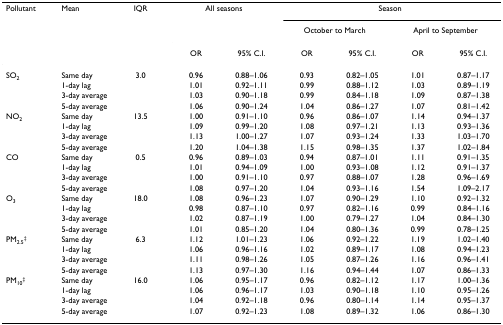
<table><thead><tr><td><b>Pollutant</b></td><td><b>Mean</b></td><td><b>IQR</b></td><td colspan="2"><b>All seasons</b></td><td colspan="4"><b>Season</b></td></tr><tr><td></td><td></td><td></td><td></td><td></td><td colspan="2"><b>October to March</b></td><td colspan="2"><b>April to September</b></td></tr><tr><td></td><td></td><td></td><td><b>OR</b></td><td><b>95% C.I.</b></td><td><b>OR</b></td><td><b>95% C.I.</b></td><td><b>OR</b></td><td><b>95% C.I.</b></td></tr></thead><tbody><tr><td>SO<sub>2</sub></td><td>Same day</td><td>3.0</td><td>0.96</td><td>0.88–1.06</td><td>0.93</td><td>0.82–1.05</td><td>1.01</td><td>0.87–1.17</td></tr><tr><td></td><td>1-day lag</td><td></td><td>1.01</td><td>0.92–1.11</td><td>0.99</td><td>0.88–1.12</td><td>1.03</td><td>0.89–1.19</td></tr><tr><td></td><td>3-day average</td><td></td><td>1.03</td><td>0.90–1.18</td><td>0.99</td><td>0.84–1.18</td><td>1.09</td><td>0.87–1.38</td></tr><tr><td></td><td>5-day average</td><td></td><td>1.06</td><td>0.90–1.24</td><td>1.04</td><td>0.86–1.27</td><td>1.07</td><td>0.81–1.42</td></tr><tr><td>NO<sub>2</sub></td><td>Same day</td><td>13.5</td><td>1.00</td><td>0.91–1.10</td><td>0.96</td><td>0.86–1.07</td><td>1.14</td><td>0.94–1.37</td></tr><tr><td></td><td>1-day lag</td><td></td><td>1.09</td><td>0.99–1.20</td><td>1.08</td><td>0.97–1.21</td><td>1.13</td><td>0.93–1.36</td></tr><tr><td></td><td>3-day average</td><td></td><td>1.13</td><td>1.00–1.27</td><td>1.07</td><td>0.93–1.24</td><td>1.33</td><td>1.03–1.70</td></tr><tr><td></td><td>5-day average</td><td></td><td>1.20</td><td>1.04–1.38</td><td>1.15</td><td>0.98–1.35</td><td>1.37</td><td>1.02–1.84</td></tr><tr><td>CO</td><td>Same day</td><td>0.5</td><td>0.96</td><td>0.89–1.03</td><td>0.94</td><td>0.87–1.01</td><td>1.11</td><td>0.91–1.35</td></tr><tr><td></td><td>1-day lag</td><td></td><td>1.01</td><td>0.94–1.09</td><td>1.00</td><td>0.93–1.08</td><td>1.12</td><td>0.91–1.37</td></tr><tr><td></td><td>3-day average</td><td></td><td>1.00</td><td>0.91–1.10</td><td>0.97</td><td>0.88–1.07</td><td>1.28</td><td>0.96–1.69</td></tr><tr><td></td><td>5-day average</td><td></td><td>1.08</td><td>0.97–1.20</td><td>1.04</td><td>0.93–1.16</td><td>1.54</td><td>1.09–2.17</td></tr><tr><td>O<sub>3</sub></td><td>Same day</td><td>18.0</td><td>1.08</td><td>0.96–1.23</td><td>1.07</td><td>0.90–1.29</td><td>1.10</td><td>0.92–1.32</td></tr><tr><td></td><td>1-day lag</td><td></td><td>0.98</td><td>0.87–1.10</td><td>0.97</td><td>0.82–1.16</td><td>0.99</td><td>0.84–1.16</td></tr><tr><td></td><td>3-day average</td><td></td><td>1.02</td><td>0.87–1.19</td><td>1.00</td><td>0.79–1.27</td><td>1.04</td><td>0.84–1.30</td></tr><tr><td></td><td>5-day average</td><td></td><td>1.01</td><td>0.85–1.20</td><td>1.04</td><td>0.80–1.36</td><td>0.99</td><td>0.78–1.25</td></tr><tr><td>PM<sub>2.5</sub><sup>‡</sup></td><td>Same day</td><td>6.3</td><td>1.12</td><td>1.01–1.23</td><td>1.06</td><td>0.92–1.22</td><td>1.19</td><td>1.02–1.40</td></tr><tr><td></td><td>1-day lag</td><td></td><td>1.06</td><td>0.96–1.16</td><td>1.02</td><td>0.89–1.17</td><td>1.08</td><td>0.94–1.23</td></tr><tr><td></td><td>3-day average</td><td></td><td>1.11</td><td>0.98–1.26</td><td>1.05</td><td>0.87–1.26</td><td>1.16</td><td>0.96–1.41</td></tr><tr><td></td><td>5-day average</td><td></td><td>1.13</td><td>0.97–1.30</td><td>1.16</td><td>0.94–1.44</td><td>1.07</td><td>0.86–1.33</td></tr><tr><td>PM<sub>10</sub><sup>‡</sup></td><td>Same day</td><td>16.0</td><td>1.06</td><td>0.95–1.17</td><td>0.96</td><td>0.82–1.12</td><td>1.17</td><td>1.00–1.36</td></tr><tr><td></td><td>1-day lag</td><td></td><td>1.06</td><td>0.96–1.17</td><td>1.03</td><td>0.90–1.18</td><td>1.10</td><td>0.95–1.26</td></tr><tr><td></td><td>3-day average</td><td></td><td>1.04</td><td>0.92–1.18</td><td>0.96</td><td>0.80–1.14</td><td>1.14</td><td>0.95–1.37</td></tr><tr><td></td><td>5-day average</td><td></td><td>1.07</td><td>0.92–1.23</td><td>1.08</td><td>0.89–1.32</td><td>1.06</td><td>0.86–1.30</td></tr></tbody></table>